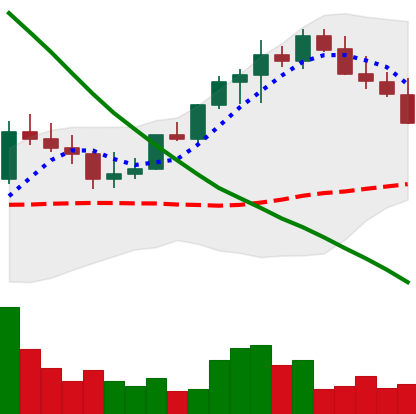
Ticker: LINK-USD
Chart end date: 2022-08-17
Forward return: -12.606%
Label: down_7plus